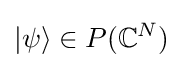
|\psi \rangle \in P(\mathbb {C} ^{N})